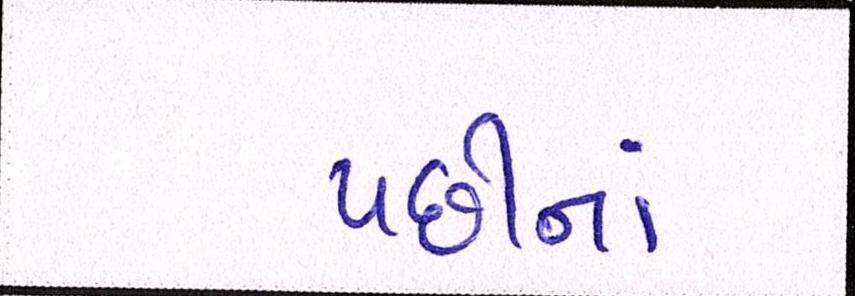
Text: પછીનાં